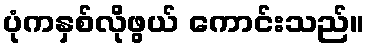
ပုံကနှစ်လိုဖွယ် ကောင်းသည်။